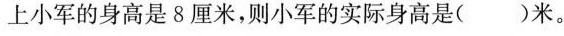
上小军的身高是8厘米，则小军的实际身高是( )米。